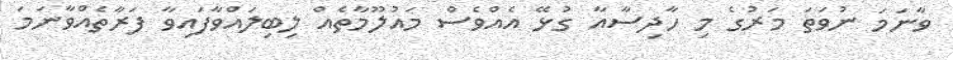
ވާނަމަ ނުވަތަ މަރުގެ މި ހާދިސާއާ ގުޅޭ އެއްވެސް މައުލޫމާތެއް ލިބިލައްވާފައިވާ ފަރާތެއްވާނަމަ